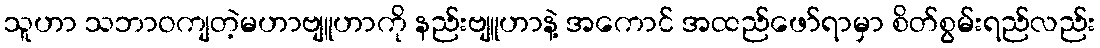
သူဟာ သဘာဝကျတဲ့မဟာဗျူဟာကို နည်းဗျူဟာနဲ့ အကောင် အထည်ဖော်ရာမှာ စိတ်စွမ်းရည်လည်း